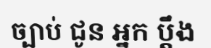
ច្បាប់ ជូន អ្នក ប្តឹង